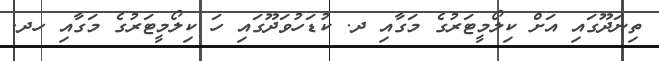
ތިނަދޫގައި އަށް ކިލޯމީޓަރުގެ މަގާއި ދ. ކުޑަހުވަދޫގައި ހަ ކިލޯމީޓަރުގެ މަގާއި ހދ.